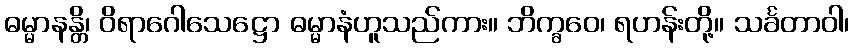
ဓမ္မာနန္တိ၊ ဝိရာဂေါသေဋ္ဌော ဓမ္မာနံဟူသည်ကား။ ဘိက္ခဝေ၊ ရဟန်းတို့။ သင်္ခတာဝါ၊